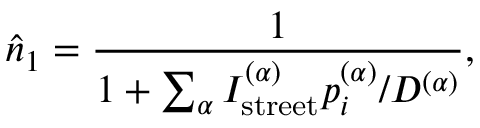
\hat { n } _ { 1 } = \frac { 1 } { 1 + \sum _ { \alpha } I _ { \mathrm { s t r e e t } } ^ { ( \alpha ) } p _ { i } ^ { ( \alpha ) } / D ^ { ( \alpha ) } } ,